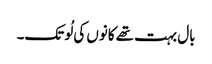
بال بہت تھے کانوں کی لُو تک۔